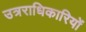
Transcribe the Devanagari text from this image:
उत्रराधिकारियों